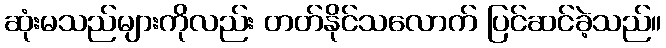
ဆုံးမသည်များကိုလည်း တတ်နိုင်သလောက် ပြင်ဆင်ခဲ့သည်။